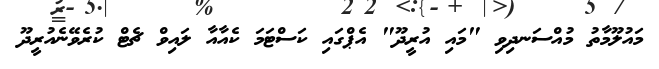
މައުލޫމާތު މުއްސަނދިވި "މައި އުރީދޫ" އެޕްގައި ކަސްޓަމަ ކެއާއާ ލައިވް ޗެޓް ކުރެވޭނެއުރީދޫ